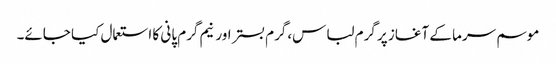
موسم سرما کے آغاز پر گرم لباس،گرم بستر اور نیم گرم پانی کا استعمال کیا جائے۔